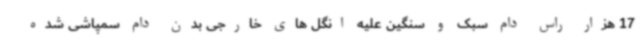
17 هزار راس دام سبک و سنگین علیه انگل های خارجی بدن دام سمپاشی شده